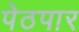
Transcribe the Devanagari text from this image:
पेठपार